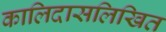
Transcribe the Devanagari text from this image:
कालिदासलिखित